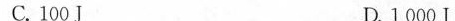
C.100J D.1000J